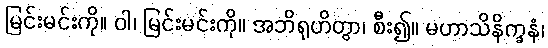
မြင်းမင်းကို။ ဝါ၊ မြင်းမင်းကို။ အဘိရုဟိတွာ၊ စီး၍။ မဟာသိနိက္ခနံ၊